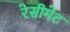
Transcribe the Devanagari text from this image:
रेसीमेट